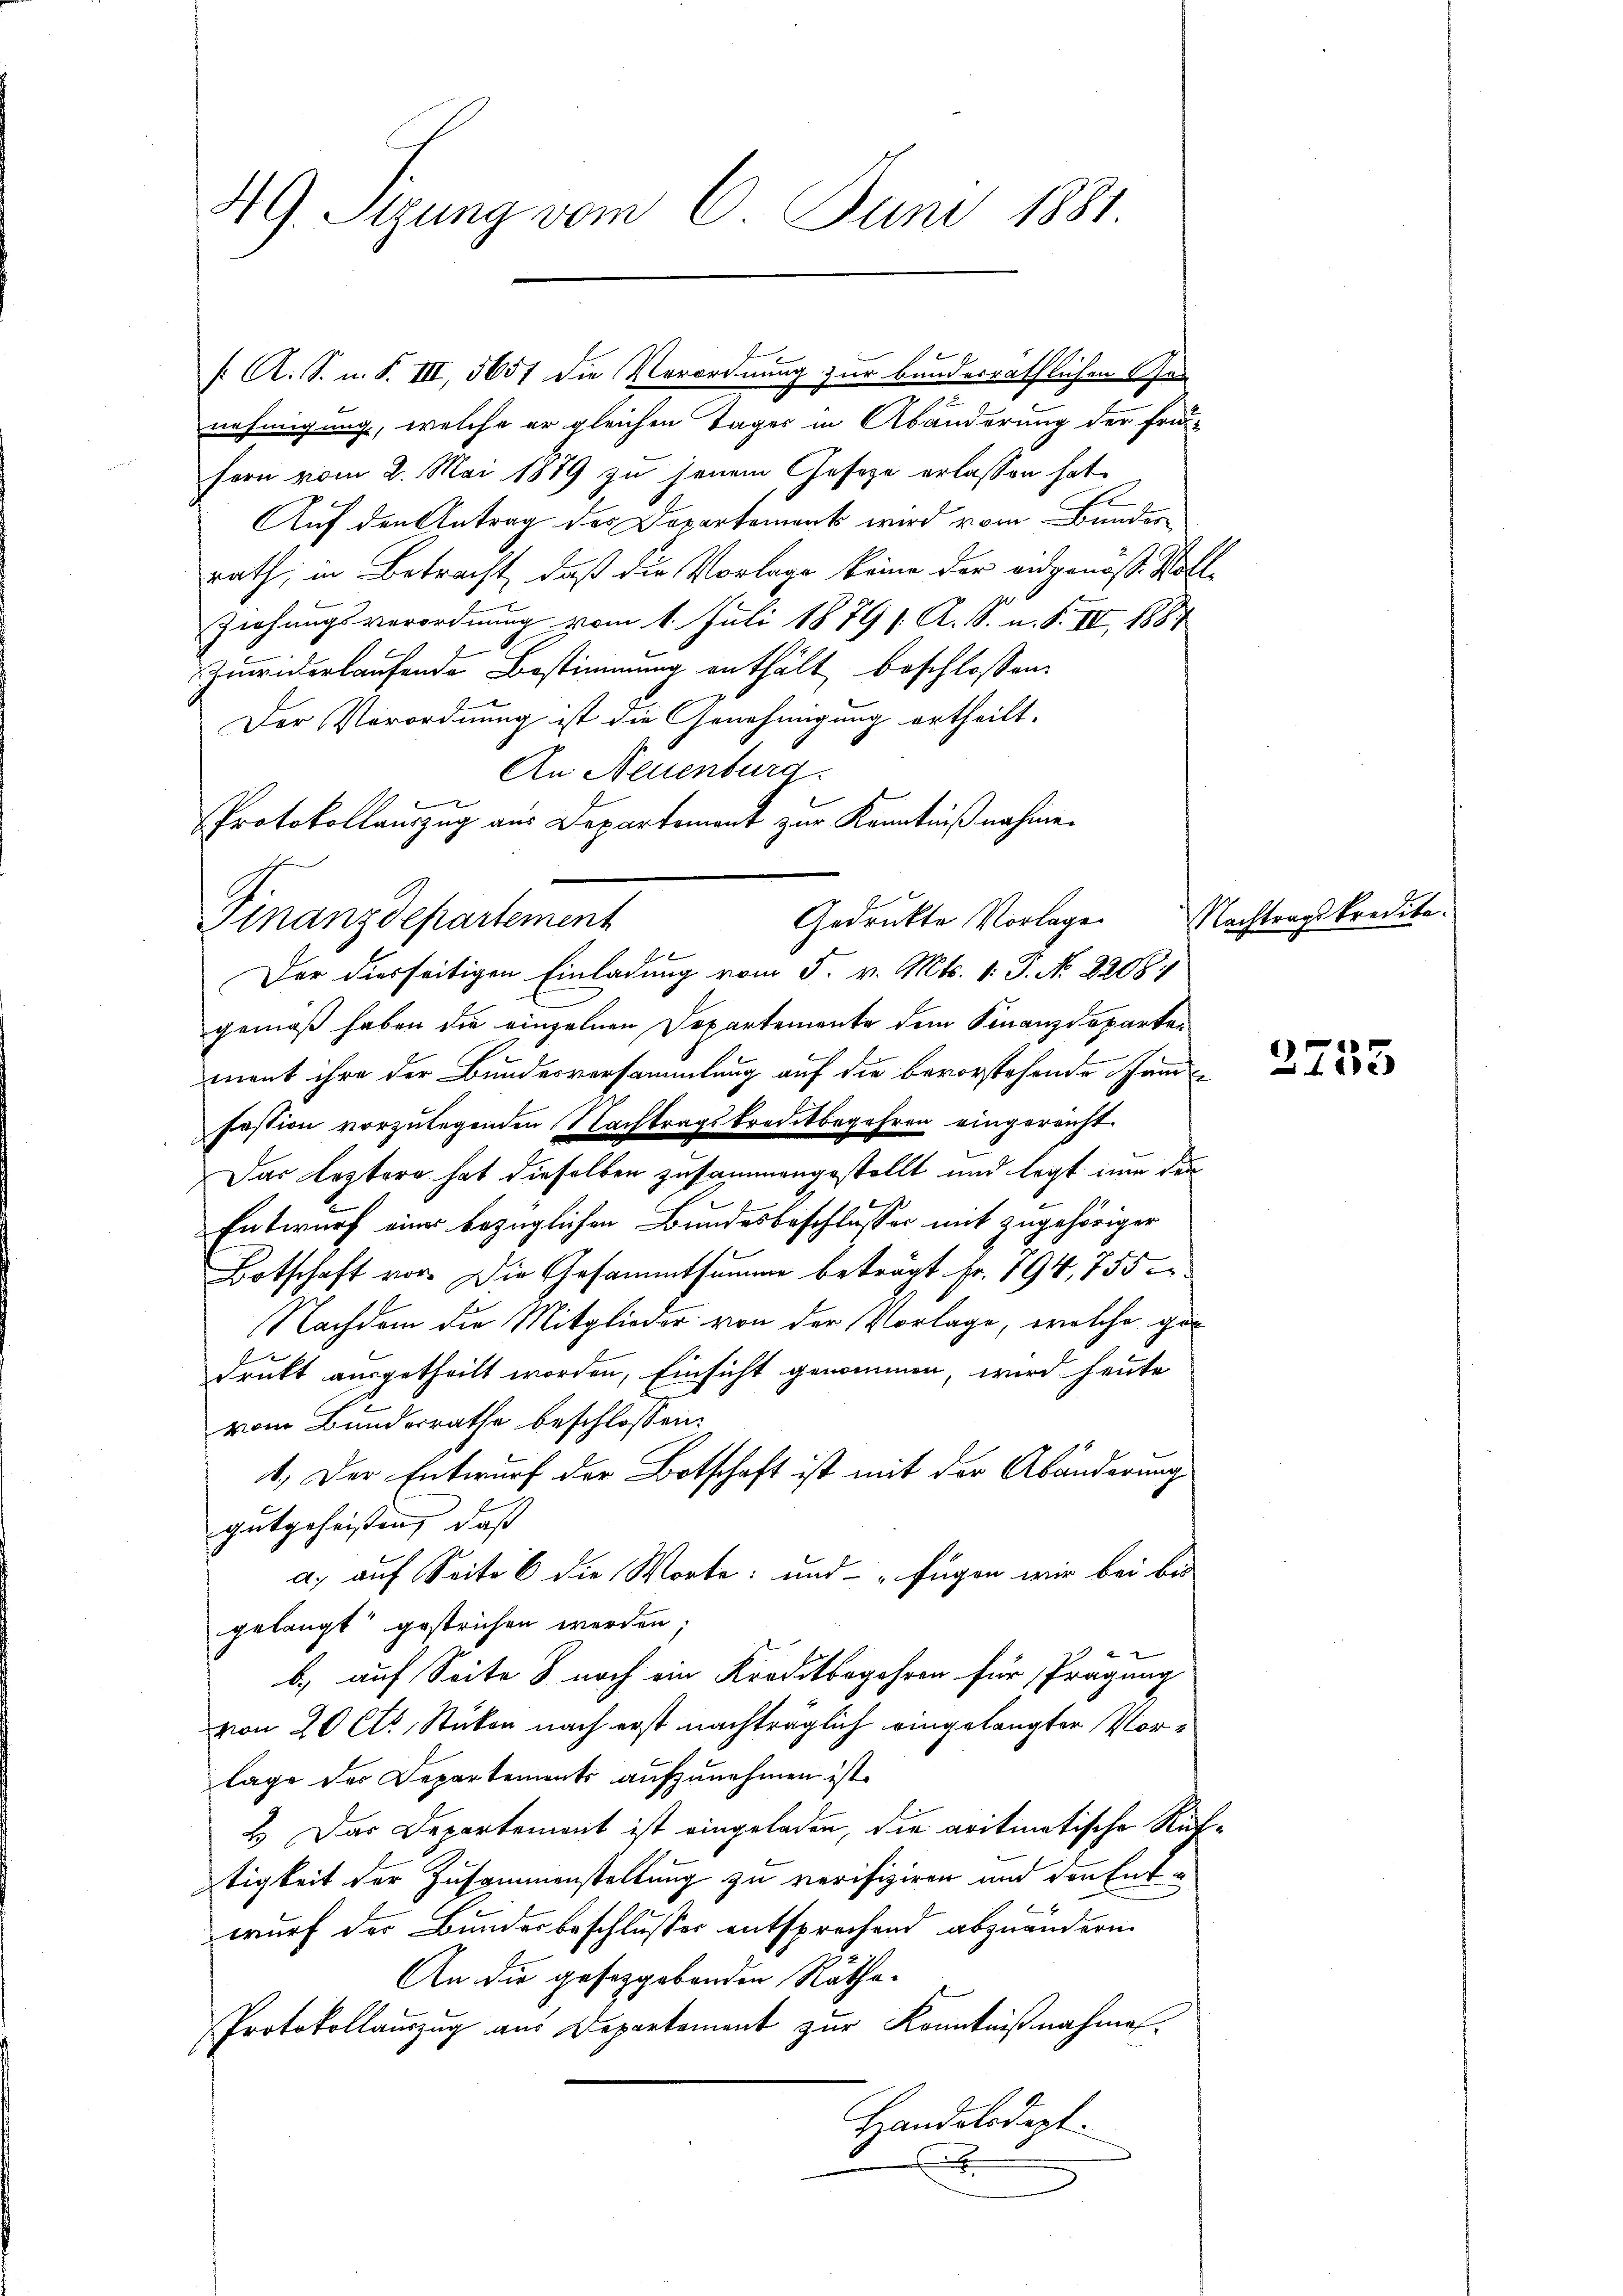
49. Sizung vom 6. Juni 1881.

f. A. S. n. F. III, 5657 die Verordnung zur bundesräthlichen Gen
.
nehmigung, welche er gleichen Tages in Abänderung der Frei-
fern vom 2. Mai 1889 zu jenem Geseze erlassen hat.
Auf den Antrag des Departement wird vom Bunderrath, in Betracht, daß die Vorlage keine der eidgenos Kos
Ziehungsverordnung vom 1. Juli 1879 f. A. S. n. F. II, 1884
Zuwiderlaufende Bestimmung enthält beschlossen:
Der Verordnung ist die Genehmigung ertheilt.
An Neuenburg
Protokollauszug aus Departement zur Kenntnißnahme.
Finanzdepartement
Der diesseitigen Einladung vom 5. v. Mts. 1. J. No 2208.
gemäß haben die einzelnen Departemente dem Finanzdepartement ihre der Bundesversammlung auf die bevorstehende Hand
Festion vorzulegenden Nachtragskreditbegehren eingereicht.
Das leztere hat dieselben zusammengestellt und legt in den
Entwurf einer bezüglichen Bundesbeschlusser mit zugehöriger
Botschaft vor Die Gesammtsumme beträgt Fr. 794, 755 er
Nachdem die Mitglieder von der Vorlage, welche gedrukt ausgetheilt worden, Einsicht genommen, wird heute
vom Bundesrathe beschlossen:
1.) Der Entwurf der Botschaft ist mit der Abänderung
gutgeheißen, daß
a, auf Seite 6 die Worte: und - „fügen wir bei bis
gelangt gestrichen werden;
b), auf Seite 8 noch ein Kreditbegehren für Prägung
von 20 Cts. Stücken nach erst nachträglich eingelangter Vorlage der Departements aufzunehmen ist.
2.) Das Departement ist eingeladen, die aritimatische Rietigkeit der Zusammenstellung zu verifiziren und den Entwurf der Bundesbeschlusses entsprechend abzuändern.
An die gesetzgebenden Rätha-
Protokollauszug aus Departement zur Kenntnißnahmes-
Handelsdept.

Gedrukte Vorlage

1

Nachtragskredita¬

)
x